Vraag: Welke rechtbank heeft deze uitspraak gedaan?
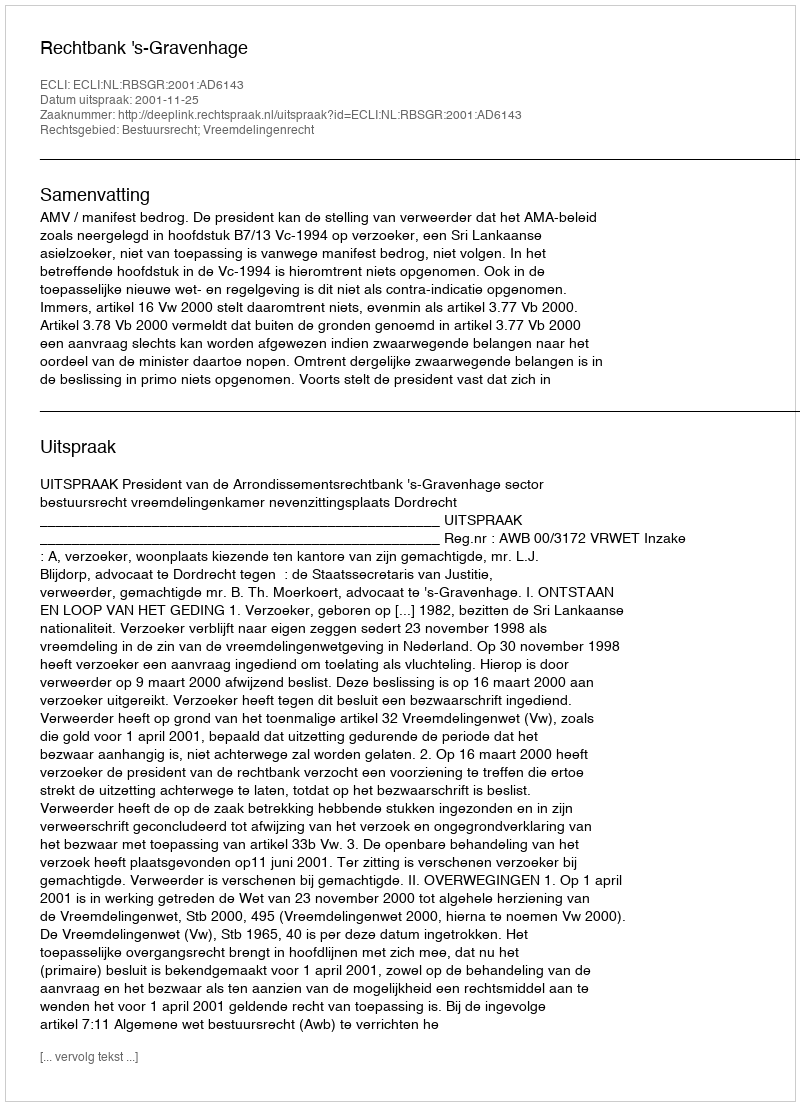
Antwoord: Rechtbank 's-Gravenhage